Materia medica of Madras volume I
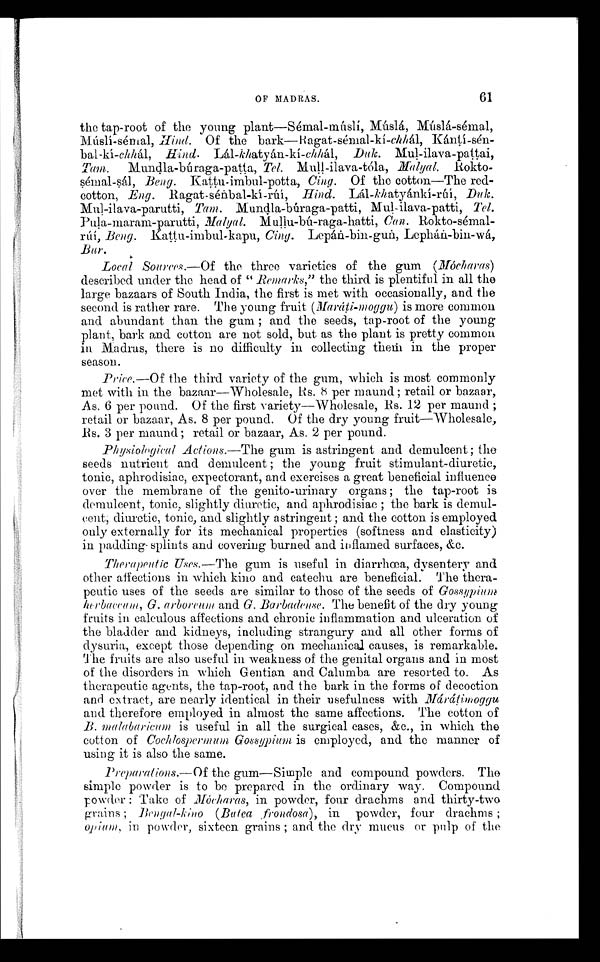
OF MADRAS.
61
the tap-root of the young plant—Sémal-músli,
Hind. Of the bark—Ragat-sémal-kí-chhal,
Kànti-sénbal -kí-chhàl, Hind. Làl-khatyàn-kí-chhàl, Duk. Mul-ilava-pattai,
Tam. Mundla-búraga-patta, Tel. Mull-ilava-tóla,
Rokto-
sémal-sàl, Kattu-imbul-potta, Cing. Of the cotton—The red-
cotton, Eng. Ragat-sénbal-kí-rúí, Hind. Lál-khatyànki-rúí, Duk.
Mul-ilava-parutti, Tam. Mundla-búraga-patti, Mul-ilava-patti, Tel.
Mul-ilava-parutti, Mullu-bú-raga-hatti, Can.
R o k t o - s é m a l ,
B e n g .
K a t t u - i m b u l - k a p u ,
C i n g .
L e p à n - b i n - g u n , L e p h à n - b i n - w à ,
Bur.
Local Sources.—Of the three varieties of the gum (Mócharas)
described under the head of " Remarks," the third is plentiful in all the
large bazaars of South India, the first is met with occasionally, and the
second is rather rare. The young fruit (Maràti-moggu) is more common
and abundant than the gum ; and the seeds, tap-root of the young
plant, bark and cotton are not sold, but as the plant is pretty common
in Madras, there is no difficulty in collecting them in the proper
season.
Price.—Of the third variety of the gum, which is most commonly
met with in the bazaar—Wholesale, Rs. 8 per maund ; retail or bazaar,
As. 6 per pound. Of the first variety—Wholesale, Rs. 12 per maund ;
retail or bazaar, As. 8 per pound. Of the dry young fruit—Wholesale,
Rs. 3 per maund; retail or bazaar, As. 2 per pound.
Physiological Actions.—The gum is astringent and demulcent; the
seeds nutrient and demulcent ; the young fruit stimulant-diuretic,
tonic, aphrodisiac, expectorant, and exercises a great beneficial influence
over the membrane of the genito-urinary organs ; the tap-root is
demulcent, tonic, slightly diuretic, and aphrodisiac ; the bark is demul-
cent; diuretic, tonic, and slightly astringent ; and the cotton is employed
only externally for its mechanical properties (softness and elasticity)
in padding splints and covering burned and inflamed surfaces, &c.
Therapeutic Uses.—The gum is useful in diarrhœa, dysentery and
other affections in which kino and catechu are beneficial. The thera-
peutic uses of the seeds are similar to those of the seeds of G o s s y p i u m
herbaccum, G. arboreum and G. Barbadense. The benefit of the dry young
fruits in calculous affections and chronic inflammation and ulceration of
the bladder and kidneys, including strangury and all other forms of
dysuria, except those depending on mechanical causes, is remarkable.
The fruits are also useful in weakness of the genital organs and in most
of the disorders in which Gentian and Calumba are resorted to. As
therapeutic agents, the tap-root, and the bark in the forms of decoction
and extract, are nearly identical in their usefulness with Màràti m o g g u
and therefore employed in almost the same affections. The cotton of
B. malabaricum is useful in all the surgical cases, &c., in which the
cotton of Cochlospermum Gossypium is employed, and the manner of
using it is also the same.
Preparations.—Of the gum—Simple and compound powders. The
simple powder is to be prepared in the ordinary way. Compound
powder : Take of Mócharas, in powder, four drachms and thirty-two
grains ; (Batea frondosa), in powder, four drachms ;
opium, in powder, sixteen grains ; and the dry mucus or pulp of the